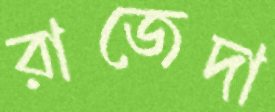
রাজেদা